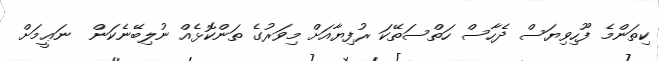
ކިތަންމެ ފޫހިވިޔަސް ދެހާސް ހަތްސަތޭކަ ރުފިޔާއަށް މިވަރުގެ ތަންކޮޅެއް ނުލިބޭނެކަން  ނަޢީމަށް